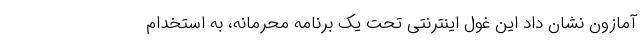
آمازون نشان داد این غول اینترنتی تحت یک برنامه محرمانه، به استخدام